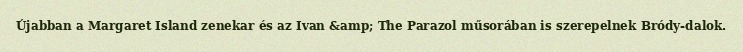
Újabban a Margaret Island zenekar és az Ivan &amp; The Parazol műsorában is szerepelnek Bródy-dalok.